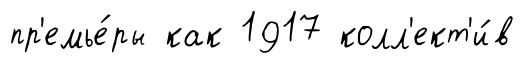
пр'емье́ры как 1917 колл'ект'и́в